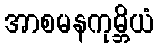
အာစမနကုမ္ဘိယံ